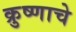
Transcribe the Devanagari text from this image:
क्रुष्णाचे